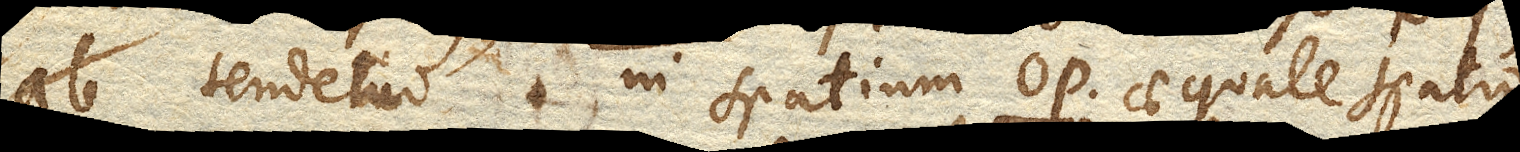
tendetur in spatium ap. aequale spatio